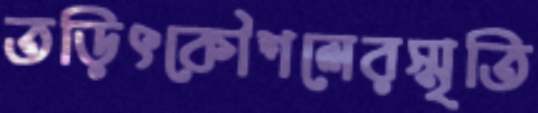
তড়িৎকৌশলেরস্মৃতি